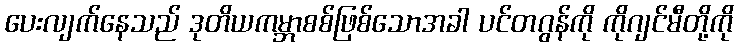
ပေးလျက်နေသည် ဒုတိယကမ္ဘာစစ်ဖြစ်သောအခါ ပင်တဂွန်ကို ကိုဂျင်မီတို့ကို